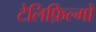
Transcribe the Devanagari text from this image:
टेलिफ़िल्मों